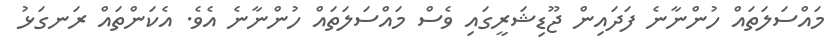
މައްސަލަތައް ހުންނާނެ ފަދައިން ޖޫޑިޝަރީގައި ވެސް މައްސަލަތައް ހުންނާނެ އެވެ. އެކަންތައް ރަނގަޅު